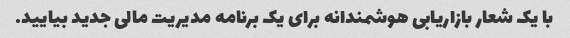
با یک شعار بازاریابی هوشمندانه برای یک برنامه مدیریت مالی جدید بیایید.